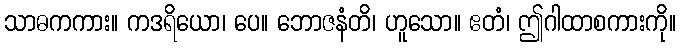
သာဓကကား။ ကဒရိယော၊ ပေ။ ဘောဇနံတိ၊ ဟူသော။ ဧတံ၊ ဤဂါထာစကားကို။